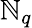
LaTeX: \mathbb{N}_{q}